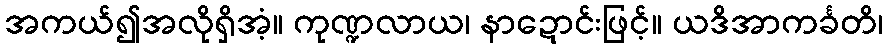
အကယ်၍အလိုရှိအံ့။ ကုဏ္ဍလာယ၊ နာဍောင်းဖြင့်။ ယဒိအာကင်္ခတိ၊